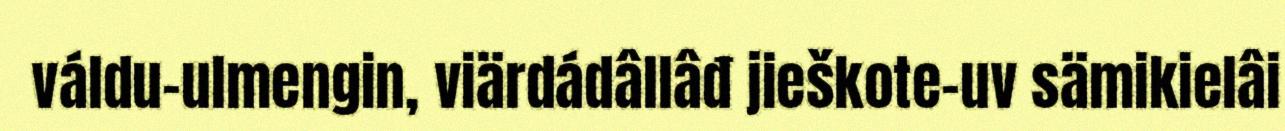
váldu-ulmengin, viärdádâllâđ jieškote-uv sämikielâi